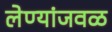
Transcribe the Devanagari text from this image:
लेण्यांजवळ